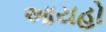
આયહો